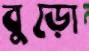
বুড়ো